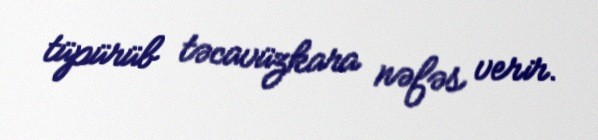
tüpürüb təcavüzkara nəfəs verir.